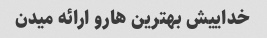
خداییش بهترین هارو ارائه میدن